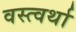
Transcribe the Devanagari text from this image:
वस्त्वर्था